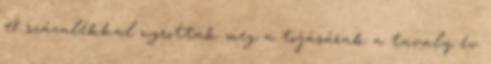
48 százalékkal ugrottak meg a tojásárak a tavaly év